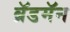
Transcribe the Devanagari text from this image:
ब्रॅडमॅन